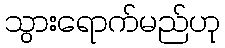
သွားရောက်မည်ဟု